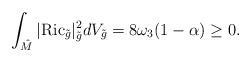
LaTeX: \begin{align*}\int_{\hat{M}}|\mathrm{Ric}_{\tilde{g}}|^2_{\tilde{g}}dV_{\tilde{g}}=8\omega_3(1-\alpha)\geq 0.\end{align*}